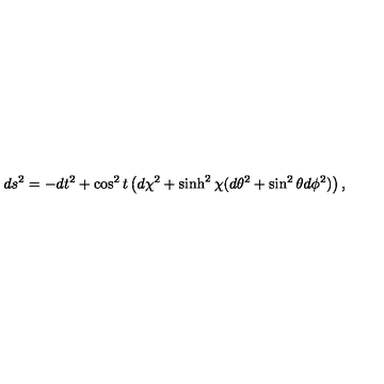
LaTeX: d s ^ { 2 } = - d t ^ { 2 } + \cos ^ { 2 } t \left( d \chi ^ { 2 } + \sinh ^ { 2 } \chi ( d \theta ^ { 2 } + \sin ^ { 2 } \theta d \phi ^ { 2 } ) \right) ,